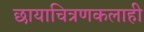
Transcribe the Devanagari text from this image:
छायाचित्रणकलाही